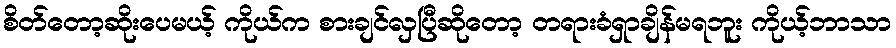
စိတ်တော့ဆိုးပေမယ့် ကိုယ်က စားချင်လှပြီဆိုတော့ တရားခံရှာချိန်မရဘူး ကိုယ့်ဘာသာ